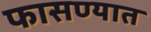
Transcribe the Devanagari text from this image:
फासण्यात